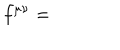
LaTeX: f ^ { \mu \nu } =